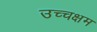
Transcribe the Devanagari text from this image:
उच्चक्षम